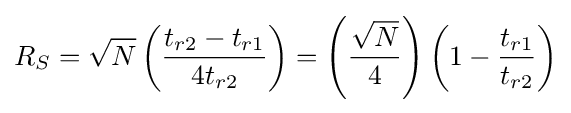
R_{S}={\sqrt {N}}\left({\frac {t_{r2}-t_{r1}}{4t_{r2}}}\right)=\left({\frac {\sqrt {N}}{4}}\right)\left(1-{\frac {t_{r1}}{t_{r2}}}\right)